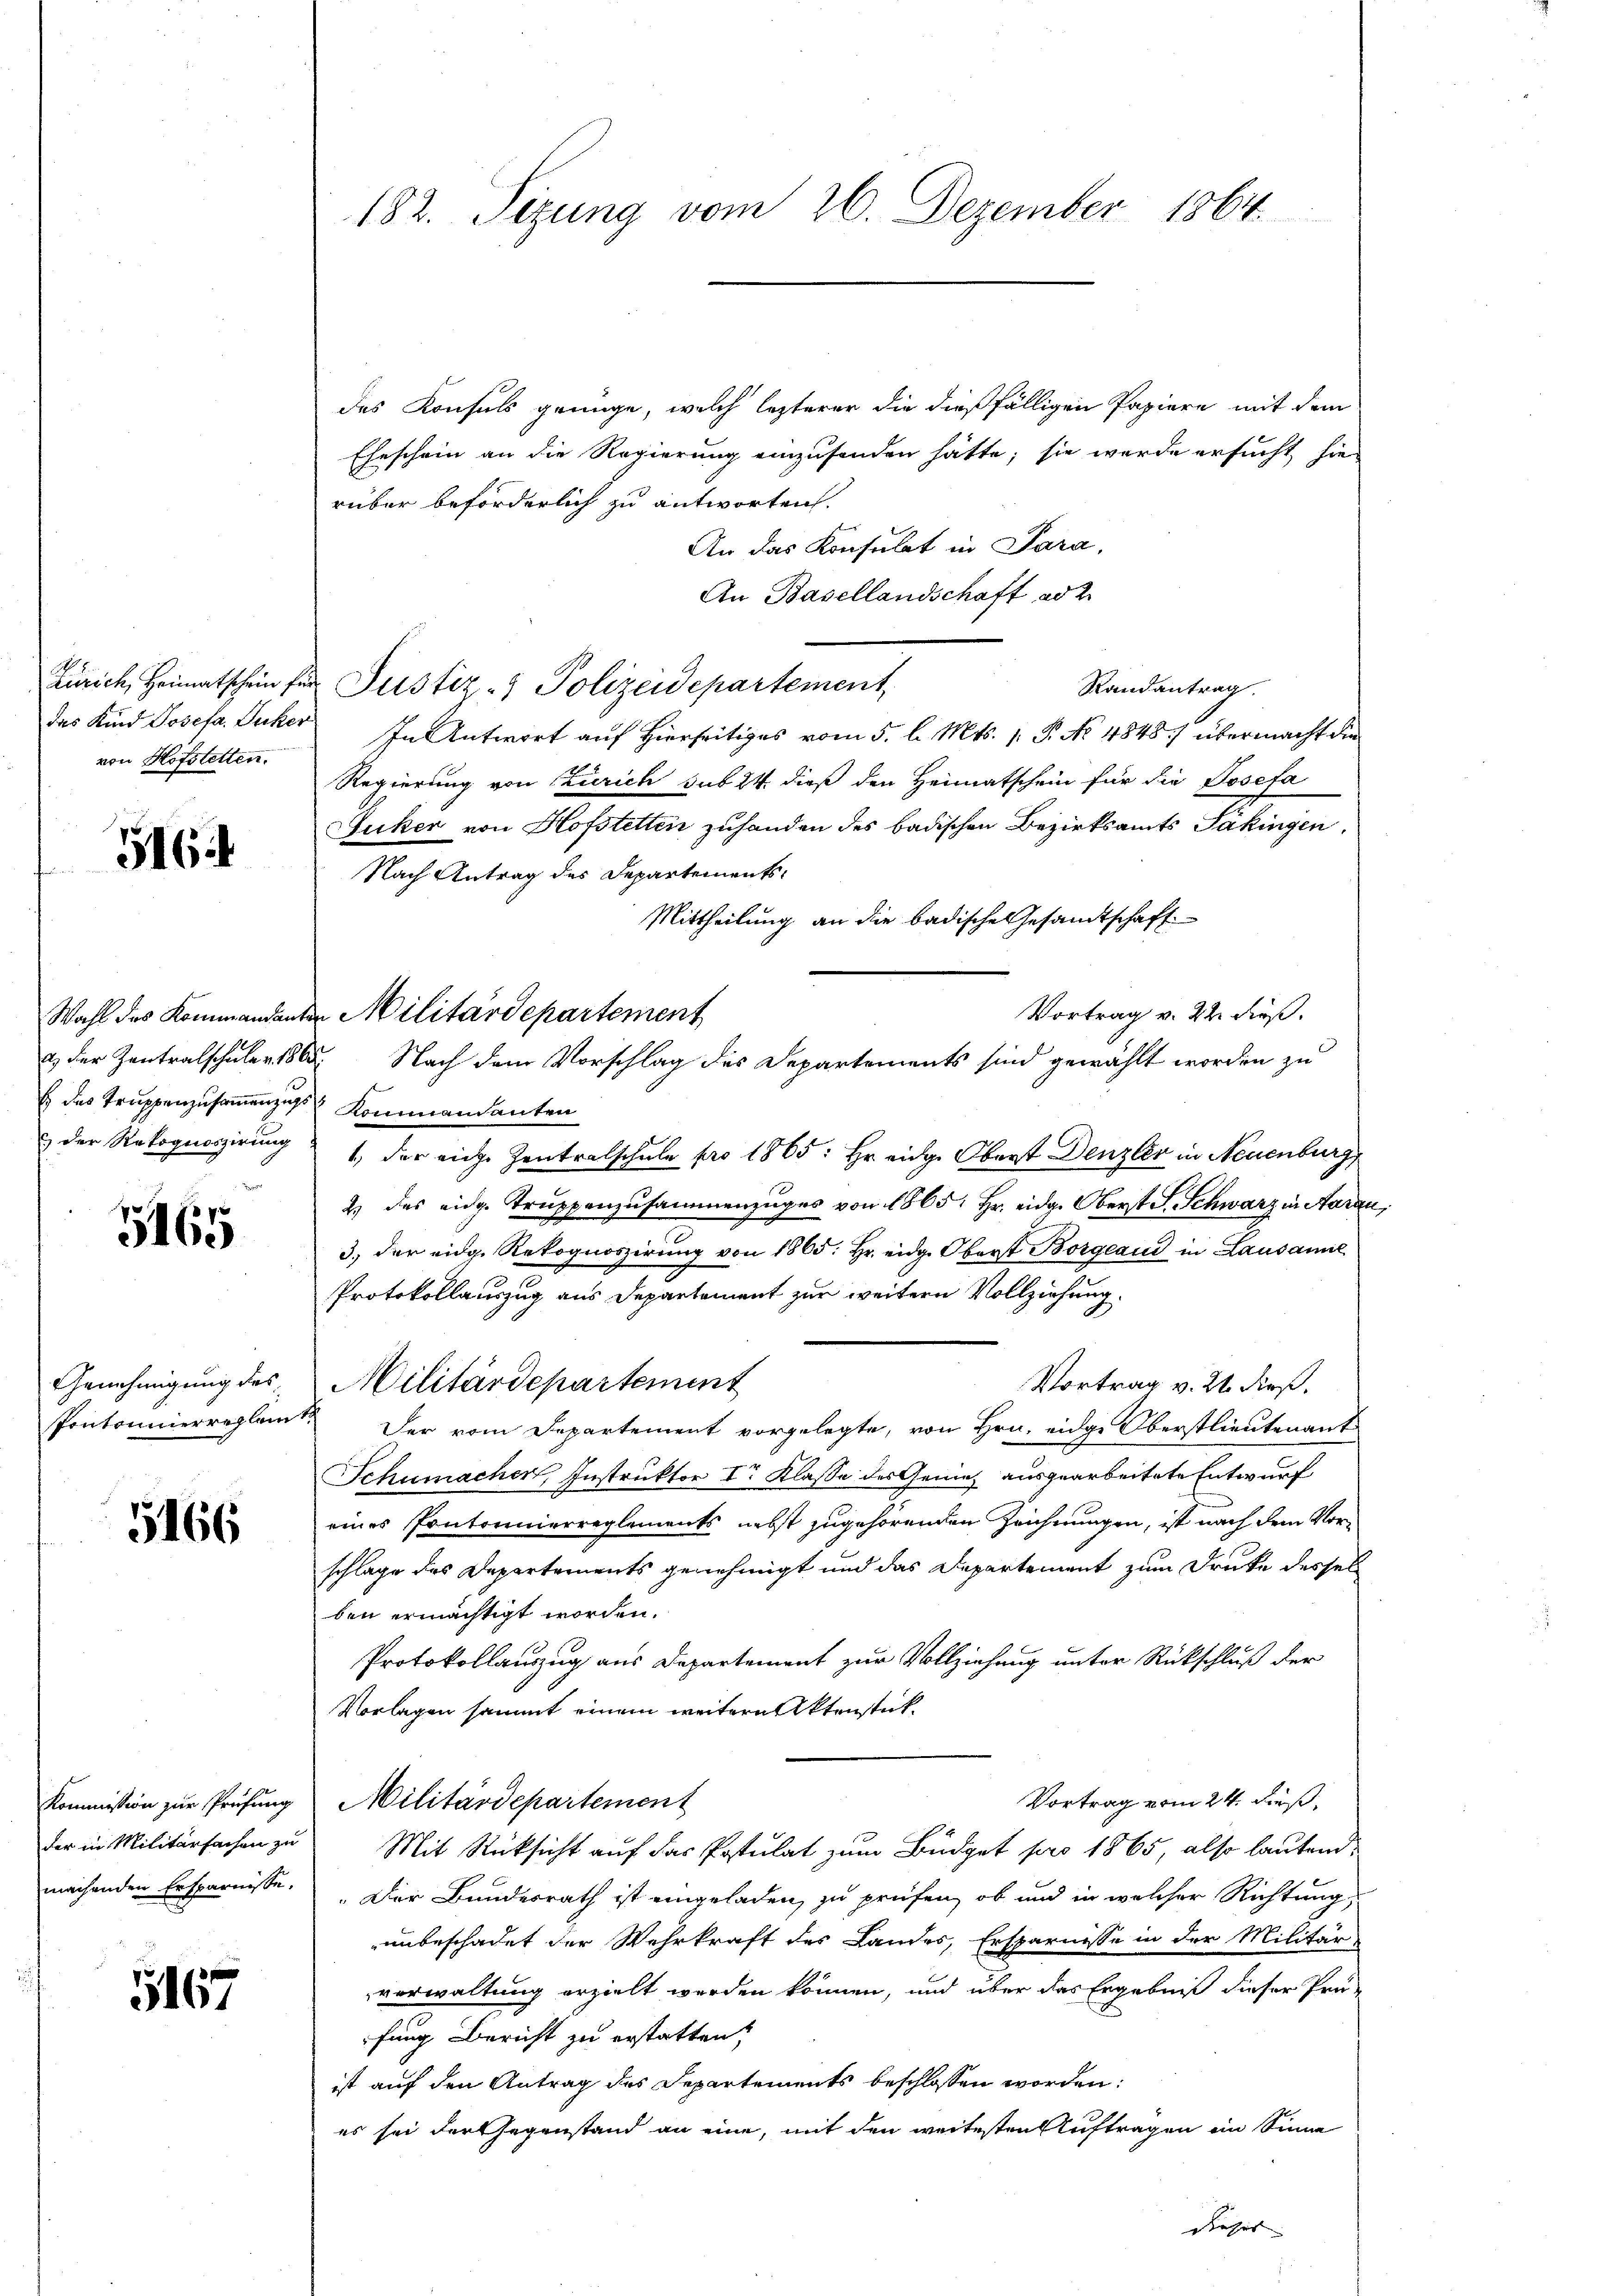
Zürich, Heimatschein für
das Kind Josefa. Zucker
von Hofstetten.

516

5165

5166

Kommission zur Prüfung
der in Militärfachen zu
machenden Ersparnisse.

167

Wahl des Kommandante
E das Truppenzusammenzugs Kommandanten
 der Rekognoszirung

Genehmigung des
Pontonierreglei

182. Sizung vom 26. Dezember 1864

Militärdepartement

des Konsuls genüge, welch lezterer die dießfälligen Papiere mit dem
Eheschein an die Regierung einzusenden hätte; sie werde ersucht, sie
rüber beförderlich zu antworten.
An das Konsulat in Para,
An Basellandschaft ad 2.
Justiz- & Polizeidepartement
Randantrag.
In Antwort auf Hierseits vom 5. l. Mts. 1. P. No 4848) übermacht die
Regierung von Zürich sub 24 dieß den Heimatschein für die Josefa
Juker von Hofstetten zuhanden des badischen Bezirksamts Pakingen.
Nach Antrag des Departements-
Mittheilung an die badische Gesamtschaft
Vortrag v. 22. dieß.
& der Zentralschüler 1865. Nach dem Vorschlag des Departements sind gewählt worden zu
1, der eiche Zentralschule pro 1865: Hr. eidg. Oberst Denzler in Neuenburg,
2) das eidg. Truppenzusammenzuges von 1865: Hr. eidg. Oberst S. Schwarz in Aarau
3. der eidge Rekognoszirung von 1865: Hr. eidg. Oberst Borgeaus in Lausanne
Protokollauszug aus Departement zur weitern Vollziehung.
Militärdepartement
Vortrag v. 21. dieß.
Der vom Departement vorgelegte, von Hrn. eidge Oberstlieutenant
Schumacher Instruktor Ir Klasse des Genies ausgearbeitete Entwurf
eines Pontonnierreglements nebst zugehörenden Zeichnungen, ist nach dem Vorschlage des Departements genehmigt und das Departement zum Drucke dessel
ben ermächtigt worden.
Protokollauszug aus Departement zur Vollziehung unter Rückschluß der
Vorlagen sammt einem weitere Aktenstück¬
Vortrag vom 24. dieß,
Militärdepartement
Mit Rücksicht auf das Postulat zum Büdget pro 1865, also lautend
Der Bundesrath ist eingeladen, zu prüfen, ob und in welcher Richtung,
unbeschadet der Wehrkraft des Landes, Ersparnisse in der Militär-
verwaltung erzielt werden können, und über das Ergebniß dieser Prü-
fung Bericht zu erstatten,
ist auf den Antrag des Departements beschlossen worden:
es sei der Gegenstand an eine, mit den weitesten Auftragen im Sinne
dieses